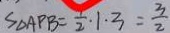
S _ { \Delta A P B } = \frac { 1 } { 2 } \cdot 1 \cdot 3 = \frac { 3 } { 2 }